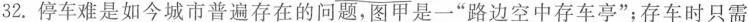
32.停车难是如今城市普遍存在的问题，图甲是一”路边空中存车亭”；存车时只需